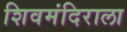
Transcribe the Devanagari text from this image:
शिवमंदिराला